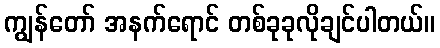
ကျွန်တော် အနက်ရောင် တစ်ခုခုလိုချင်ပါတယ်။